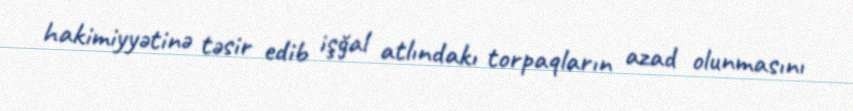
hakimiyyətinə təsir edib işğal atlındakı torpaqların azad olunmasını